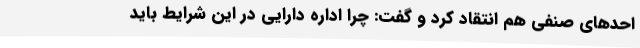
احدهای صنفی هم انتقاد کرد و گفت: چرا اداره دارایی در این شرایط باید